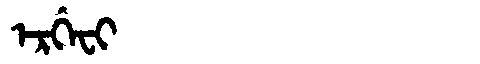
Manchu: ᡝᡵᡤᡝᠸᡳ
Romanization: ERGEFI